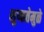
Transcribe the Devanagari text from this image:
शुष्कतेमुळे